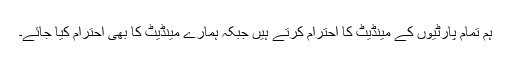
ہم تمام پارٹیوں کے مینڈیٹ کا احترام کرتے ہیں جبکہ ہمارے مینڈیٹ کا بھی احترام کیا جائے۔